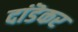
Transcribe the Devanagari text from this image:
दांडॆकर